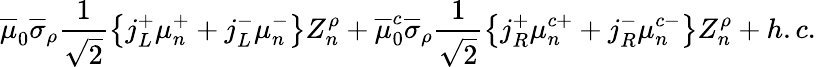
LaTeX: \overline{{{\mu}}}_{0}\overline{{{\sigma}}}_{\rho}\frac{1}{\sqrt{2}}\big\{ j_{L}^{+}\mu_{n}^{+}+j_{L}^{-}\mu_{n}^{-}\big\} Z_{n}^{\rho}+\overline{{{\mu}}}_{0}^{c}\overline{{{\sigma}}}_{\rho}\frac{1}{\sqrt{2}}\big\{ j_{R}^{+}\mu_{n}^{c+}+j_{R}^{-}\mu_{n}^{c-}\big\} Z_{n}^{\rho}+h.c.